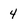
Character: 4